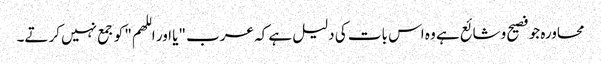
محاورہ جو فصیح وشائع ہے وہ اس بات کی دلیل ہے کہ عرب "یا اور اللھم" کو جمع نہیں کرتے۔